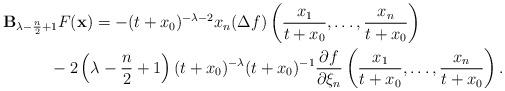
LaTeX: \begin{gather*}\mathbf B_{\lambda -\frac{n}{2}+1}F(\mathbf x) = -(t+x_0)^{-\lambda-2}x_n (\Delta f) \left(\frac{x_1}{t+x_0}, \dots,\frac{x_n}{t+x_0}\right)\\\hphantom{\mathbf B_{\lambda -\frac{n}{2}+1}F(\mathbf x) =}{}-2\left(\lambda-\frac{n}{2}+1\right)(t+x_0)^{-\lambda} (t+x_0)^{-1}\frac{\partial f}{\partial \xi_n}\left(\frac{x_1}{t+x_0}, \dots,\frac{x_n}{t+x_0}\right).\end{gather*}